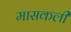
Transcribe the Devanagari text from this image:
मासकली